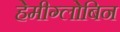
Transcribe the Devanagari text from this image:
हेमीग्लोबिन